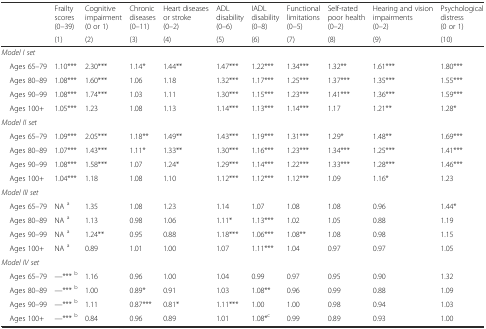
<table><thead><tr><td></td><td><b>Frailty scores (0–39)</b></td><td><b>Cognitive impairment (0 or 1)</b></td><td><b>Chronic diseases (0–11)</b></td><td><b>Heart diseases or stroke (0–2)</b></td><td><b>ADL disability (0–6)</b></td><td><b>IADL disability (0–8)</b></td><td><b>Functional limitations (0–5)</b></td><td><b>Self-rated poor health (0–2)</b></td><td><b>Hearing and vision impairments (0–2)</b></td><td><b>Psychological distress (0 or 1)</b></td></tr><tr><td></td><td><b>(1)</b></td><td><b>(2)</b></td><td><b>(3)</b></td><td><b>(4)</b></td><td><b>(5)</b></td><td><b>(6)</b></td><td><b>(7)</b></td><td><b>(8)</b></td><td><b>(9)</b></td><td><b>(10)</b></td></tr></thead><tbody><tr><td><i>Model I set</i></td><td></td><td></td><td></td><td></td><td></td><td></td><td></td><td></td><td></td><td></td></tr><tr><td> Ages 65–79</td><td>1.10***</td><td>2.30***</td><td>1.14*</td><td>1.44**</td><td>1.47***</td><td>1.22***</td><td>1.34***</td><td>1.32**</td><td>1.61***</td><td>1.80***</td></tr><tr><td> Ages 80–89</td><td>1.08***</td><td>1.60***</td><td>1.06</td><td>1.18</td><td>1.32***</td><td>1.17***</td><td>1.25***</td><td>1.37***</td><td>1.35***</td><td>1.55***</td></tr><tr><td> Ages 90–99</td><td>1.08***</td><td>1.74***</td><td>1.03</td><td>1.11</td><td>1.30***</td><td>1.15***</td><td>1.23***</td><td>1.41***</td><td>1.36***</td><td>1.59***</td></tr><tr><td> Ages 100+</td><td>1.05***</td><td>1.23</td><td>1.08</td><td>1.13</td><td>1.14***</td><td>1.13***</td><td>1.14***</td><td>1.17</td><td>1.21**</td><td>1.28*</td></tr><tr><td><i>Model II set</i></td><td></td><td></td><td></td><td></td><td></td><td></td><td></td><td></td><td></td><td></td></tr><tr><td> Ages 65–79</td><td>1.09***</td><td>2.05***</td><td>1.18**</td><td>1.49**</td><td>1.43***</td><td>1.19***</td><td>1.31***</td><td>1.29*</td><td>1.48**</td><td>1.69***</td></tr><tr><td> Ages 80–89</td><td>1.07***</td><td>1.43***</td><td>1.11*</td><td>1.33**</td><td>1.30***</td><td>1.16***</td><td>1.23***</td><td>1.34***</td><td>1.25***</td><td>1.41***</td></tr><tr><td> Ages 90–99</td><td>1.08***</td><td>1.58***</td><td>1.07</td><td>1.24*</td><td>1.29***</td><td>1.14***</td><td>1.22***</td><td>1.33***</td><td>1.28***</td><td>1.46***</td></tr><tr><td> Ages 100+</td><td>1.04***</td><td>1.18</td><td>1.08</td><td>1.10</td><td>1.12***</td><td>1.12***</td><td>1.12***</td><td>1.09</td><td>1.16*</td><td>1.23</td></tr><tr><td><i>Model III set</i></td><td></td><td></td><td></td><td></td><td></td><td></td><td></td><td></td><td></td><td></td></tr><tr><td> Ages 65–79</td><td>NA <sup>a</sup></td><td>1.35</td><td>1.08</td><td>1.23</td><td>1.14</td><td>1.07</td><td>1.08</td><td>1.08</td><td>0.96</td><td>1.44*</td></tr><tr><td> Ages 80–89</td><td>NA <sup>a</sup></td><td>1.13</td><td>0.98</td><td>1.06</td><td>1.11*</td><td>1.13***</td><td>1.02</td><td>1.05</td><td>0.88</td><td>1.19</td></tr><tr><td> Ages 90–99</td><td>NA <sup>a</sup></td><td>1.24**</td><td>0.95</td><td>0.88</td><td>1.18***</td><td>1.06***</td><td>1.08**</td><td>1.08</td><td>0.98</td><td>1.15</td></tr><tr><td> Ages 100+</td><td>NA <sup>a</sup></td><td>0.89</td><td>1.01</td><td>1.00</td><td>1.07</td><td>1.11***</td><td>1.04</td><td>0.97</td><td>0.97</td><td>1.05</td></tr><tr><td><i>Model IV set</i></td><td></td><td></td><td></td><td></td><td></td><td></td><td></td><td></td><td></td><td></td></tr><tr><td> Ages 65–79</td><td>---*** <sup>b</sup></td><td>1.16</td><td>0.96</td><td>1.00</td><td>1.04</td><td>0.99</td><td>0.97</td><td>0.95</td><td>0.90</td><td>1.32</td></tr><tr><td> Ages 80–89</td><td>---*** <sup>b</sup></td><td>1.00</td><td>0.89*</td><td>0.91</td><td>1.03</td><td>1.08**</td><td>0.96</td><td>0.99</td><td>0.88</td><td>1.09</td></tr><tr><td> Ages 90–99</td><td>---*** <sup>b</sup></td><td>1.11</td><td>0.87***</td><td>0.81*</td><td>1.11***</td><td>1.00</td><td>1.00</td><td>0.98</td><td>0.94</td><td>1.03</td></tr><tr><td> Ages 100+</td><td>---*** <sup>b</sup></td><td>0.84</td><td>0.96</td><td>0.89</td><td>1.01</td><td>1.08*<sup>c</sup></td><td>0.99</td><td>0.89</td><td>0.93</td><td>1.00</td></tr></tbody></table>